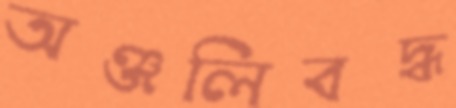
অঞ্জলিবদ্ধ